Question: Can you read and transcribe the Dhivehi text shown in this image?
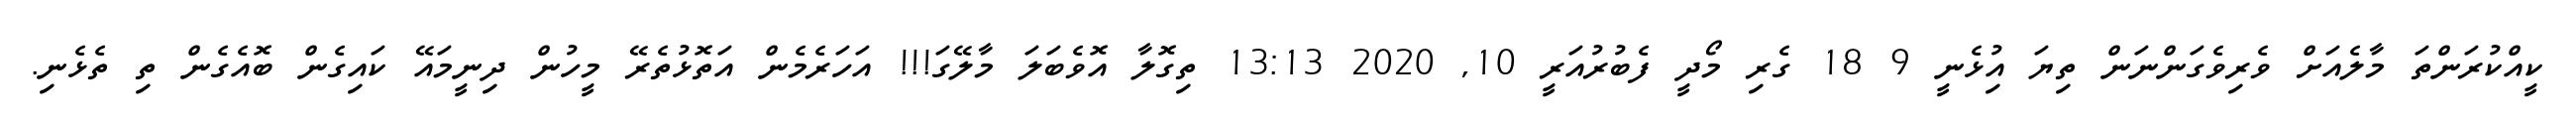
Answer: ކީއްކުރަންތަ މާލެއަށް ވެރިވެގަންނަން ތިޔަ އިުޅެނީ 9 18 ގެރި މޯދީ ފެބުރުއަރީ 10, 2020 13:13 ތިގޮލާ އޮވެބަލަ މާލޭގަ!!! އަހަރެމެން އަތޮޅުތެރޭ މީހުން ދިނީމައޭ ކައިގެން ބޮއެގެން ތި ތެޅެނި.